Annual administration report of the Civil Veterinary Department of India - 1897-1898
Year: 1897
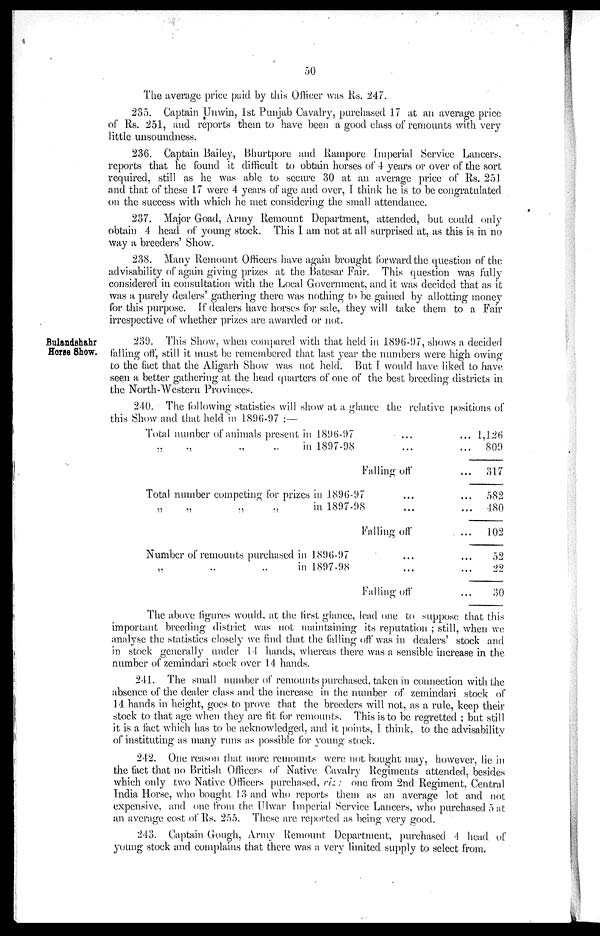
50
The average price paid by this Officer was Rs. 247.
235. Captain Unwin, 1st Punjab Cavalry, purchased 17 at an average price
of Rs. 251, and reports them to have been a good class of remounts with very
little unsoundness.
236. Captain Bailey, Bhurtpore and Rampore Imperial Service Lancers,
reports that he found it difficult to obtain horses of 4 years or over of the sort
required, still as he was able to secure 30 at an average price of Rs. 251
and that of these 17 were 4 years of age and over, I think he is to be congratulated
on the success with which he met considering the small attendance.
237. Major Goad, Army Remount Department, attended, but could only
obtain 4 head of young stock. This I am not at all surprised at, as this is in no
way a breeders' Show.
238. Many Remount Officers have again brought forward the question of the
advisability of again giving prizes at the Batesar Fair. This question was fully
considered in consultation with the Local Government, and it was decided that as it
was a purely dealers' gathering there was nothing to be gained by allotting money
for this purpose. If dealers have horses for sale, they will take them to a Fair
irrespective of whether prizes are awarded or not.
Bulandshahr
Horse Show.
239. This Show, when compared with that held in 1896-97, shows a decided
falling off, still it must be remembered that last year the numbers were high owing
to the fact that the Aligarh Show was not held. But I would have liked to have
seen a better gathering at the head quarters of one of the best breeding districts in
the North-Western Provinces.
240. The following statistics will show at a glance the relative positions of
this Show and that held in 1896-97:—
Total number of animals present in 1896-97
...
„
„
„
„
in 1897-98
Falling off
Total number competing for prizes in 1896-97
„
„
„
„
in 1897-98
Falling off
Number of remounts purchased in 1896-97
„
„
„
in 1897-98
Falling off
... 1,126
... 809
... 317
... 582
... 480
. ... 102
... 52
... 22
... 30
The above figures would at the first glance, lead one to suppose that this
important breeding district was not maintaining its reputation; still, when we
analyse the statistics closely we find that the falling off was in dealers' stock and
in stock generally under 14 hands, whereas there was a sensible increase in the
number of zemindari stock over 14 hands.
241. The small number of remounts purchased, taken in connection with the
absence of the dealer class and the increase in the number of zemindari stock of
14 hands in height, goes to prove that the breeders will not, as a rule, keep their
stock to that age when they are fit for remounts. This is to be regretted; but still
it is a fact which has to be acknowledged, and it points, I think, to the advisability
of instituting as many runs as possible for young stock.
242. One reason that more remounts were not bought may, however, lie in
the fact that no British Officers of Native Cavalry Regiments attended, besides
which only two Native Officers purchased, viz: one from 2nd Regiment, Central
India Horse, who bought 13 and who reports them as an average lot and not
expensive, and one from the Ulwar Imperial Service Lancers, who purchased 5 at
an average cost of Rs. 255. These are reported as being very good.
243. Captain Gough, Army Remount Department, purchased 4 head of
young stock and complains that there was a very limited supply to select from.